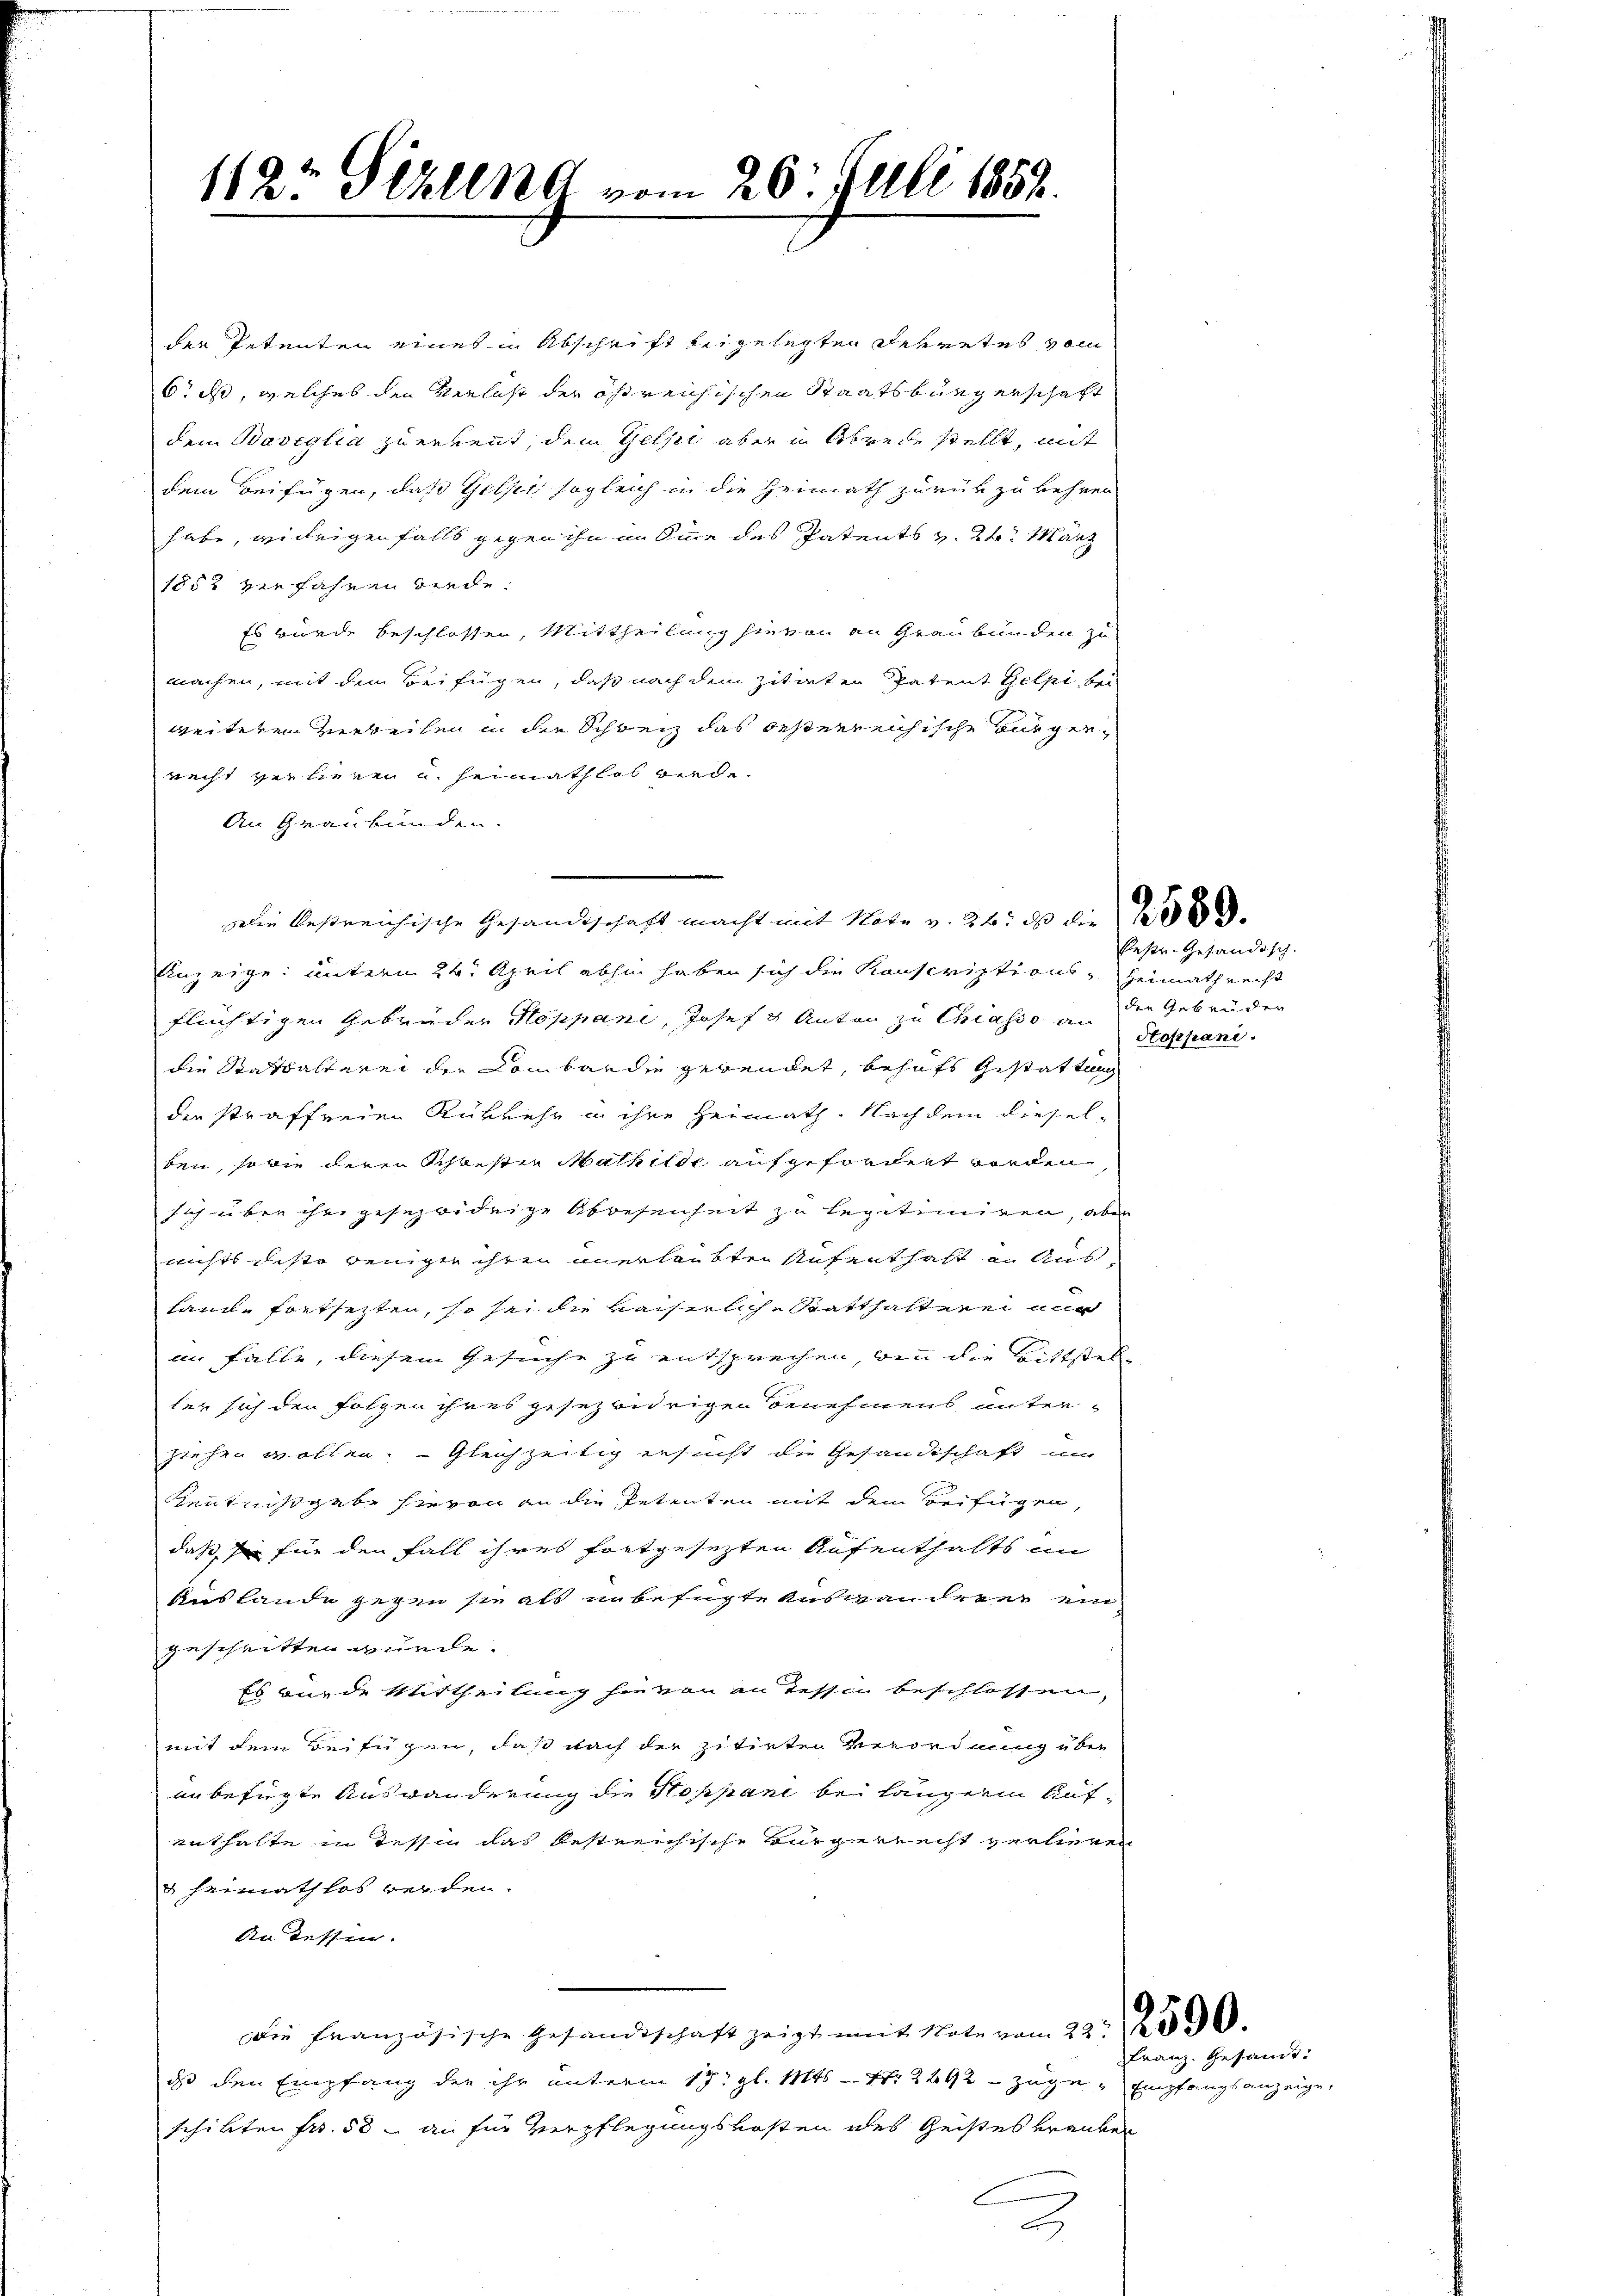
112 Sizung vom 20. Juli 1852.

der Petenten eines in Abschrift beigelegten Dekretes vom
6 ist, welches den Verlust der östreichischen Staatsbürgerschaft
dem Baviglia zu erkennt, dem Gelpi aber in Abrede stellt, mit
dem Beifügen, daß Gelst sogleich in die Heimath zurückzukehren
habe, willigenfalls gegen ihn in eine des Patents v. 2. März
1852 verfahren wiede
Es wurde beschlossen, Mittheilung sie von an Graubünden zu
machen, mit dem Beifügen, daß nach dem zitirten Patent Gelpi, bei
weiteren Verbeilen in der Schweiz das besterreichische ausgerecht verlieren u. heimathlos werde¬
An Graubünden.
Die bestreichische Gesandtschaft macht mit Note v. 26, daß die 200
Anzeige unterm 24. April abhin haben sich die Konscriptions, Heimathrecht
flüchtigen Gebrüder Hoppane, Josef u Anton zu Chiasso an der Gebrüder
die Stattalterei der Lombarden gerendet, behufs Gestattung
die straffreien Rükkehr in ihre Heimath. Nachdem dieselden, sowie deren Schwester Mathilde aufgefordert worden
sich über ihre gesezwidrige Abwesenheit zu legitimiren, aber
nichts festo wenigte ihren unerlaubten Aufenthaft an Aushande fortseiten, so sei die kaiserliche Statthalterei auc
an Falle, diesem Gesuche zu entsprechen, von die Bittstelter sich den Folgen ihres gesezwidrigen Benehmens unterziehen wollen. Gleichzeitig ersucht die Gesandtschaft um
Kentnißgabe hievon an die Petenten mit dem Beifügen,
daß, sie für den Fall ihres fortgesezten Aufenthalts in
Auslande gegen sie als unbefügte Auswanderen ein
geschritten wurde.
Es wurde Mittheilung hievon an Tessin beschlossen,
mit dem Beifügen, daß nach der zitirten Verordnung über
unbefügte Auswanderung die Hoppani bei längeren Aufenthalte in Tessin das bestreichische Bürgerrecht verlieren
& Heimathlos werden.
An dessen.
Die französische Gesandtschaft zeigt mit Note vom 22t 9
dass den Empfang der ihr unterm 17. gl. Mts. - Nr. 2292 zuge Empfangsanzeige,
schikten Fr. 58 - an für Verpflegungskosten des Geistes veranken
2

bestr. Geländisch.
Stoppani.

Franz. Gesandt.